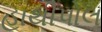
હાથીપોલ